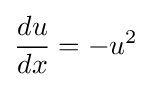
{\frac {du}{dx}}=-u^{2}